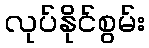
လုပ်နိုင်စွမ်း